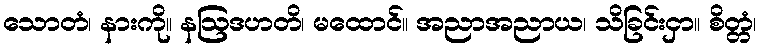
သောတံ၊ နားကို။ နဩဒဟတိ၊ မထောင်။ အညာအညာယ၊ သိခြင်းငှာ။ စိတ္တံ၊